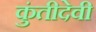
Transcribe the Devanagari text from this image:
कुंतीदेवी